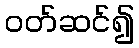
ဝတ်ဆင်၍